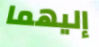
إليهما